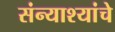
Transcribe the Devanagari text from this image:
संन्याश्यांचे